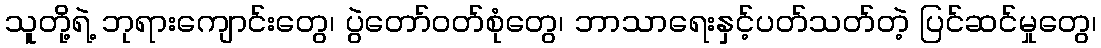
သူတို့ရဲ့ ဘုရားကျောင်းတွေ၊ ပွဲတော်ဝတ်စုံတွေ၊ ဘာသာရေးနှင့်ပတ်သတ်တဲ့ ပြင်ဆင်မှုတွေ၊